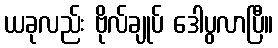
ယခုလည်း ဗိုလ်ချုပ် ဒေါပွလာပြီ။